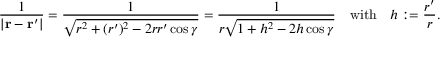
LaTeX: { \frac { 1 } { | \mathbf { r } - \mathbf { r } ^ { \prime } | } } = { \frac { 1 } { \sqrt { r ^ { 2 } + ( r ^ { \prime } ) ^ { 2 } - 2 r r ^ { \prime } \cos \gamma } } } = { \frac { 1 } { r { \sqrt { 1 + h ^ { 2 } - 2 h \cos \gamma } } } } \quad { \mathrm { w i t h } } \quad h : = { \frac { r ^ { \prime } } { r } } .